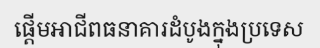
ផ្តើមអាជីពធនាគារដំបូងក្នុងប្រទេស